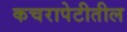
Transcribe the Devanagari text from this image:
कचरापेटीतील